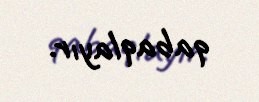
qabaqlayır.